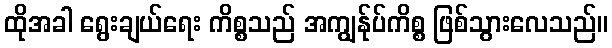
ထိုအခါ ရွေးချယ်ရေး ကိစ္စသည် အကျွန်ုပ်ကိစ္စ ဖြစ်သွားလေသည်။